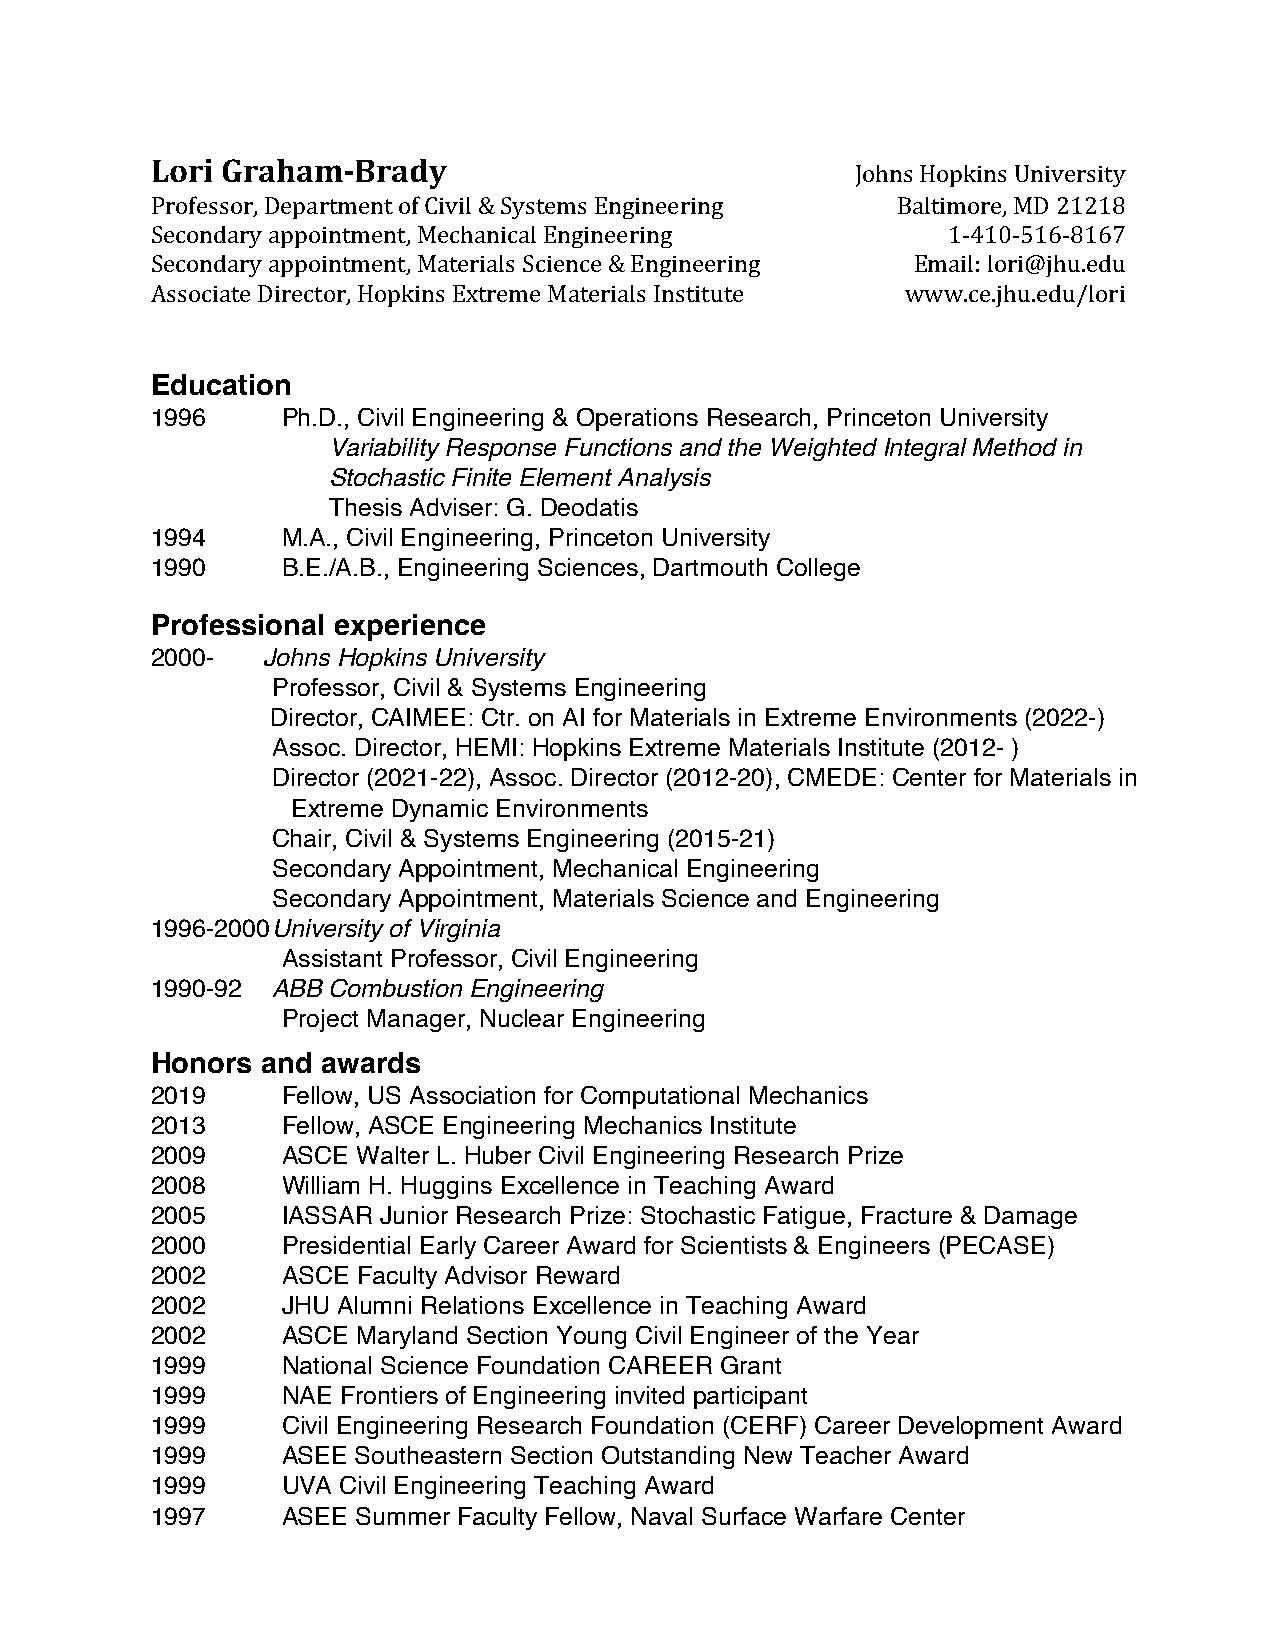
Lori Graham-Brady
 Johns Hopkins University
 Professor, Department of Civil & Systems Engineering Baltimore, MD 21218
 Secondary appointment, Mechanical Engineering        1-410-516-8167
 Secondary appointment, Materials Science & Engineering Email: lori@jhu.edu
 Associate Director, Hopkins Extreme Materials Institute www.ce.jhu.edu/lori
 Education
 1996     Ph.D., Civil Engineering & Operations Research, Princeton University
 Variability Response Functions and the Weighted Integral Method in
 Stochastic Finite Element Analysis
 Thesis Adviser: G. Deodatis
 1994     M.A., Civil Engineering, Princeton University
 1990     B.E./A.B., Engineering Sciences, Dartmouth College
 Professional experience
 2000-  Johns Hopkins University
 Professor, Civil & Systems Engineering
 Director, CAIMEE: Ctr. on AI for Materials in Extreme Environments (2022-)
 Assoc. Director, HEMI: Hopkins Extreme Materials Institute (2012- )
 Director (2021-22), Assoc. Director (2012-20), CMEDE: Center for Materials in
 Extreme Dynamic Environments
 Chair, Civil & Systems Engineering (2015-21)
 Secondary Appointment, Mechanical Engineering
 Secondary Appointment, Materials Science and Engineering
 1996-2000 University of Virginia
 Assistant Professor, Civil Engineering
 1990-92 ABB Combustion Engineering
 Project Manager, Nuclear Engineering
 Honors and awards
 2019     Fellow, US Association for Computational Mechanics
 2013     Fellow, ASCE Engineering Mechanics Institute
 2009     ASCE Walter L. Huber Civil Engineering Research Prize
 2008     William H. Huggins Excellence in Teaching Award
 2005     IASSAR Junior Research Prize: Stochastic Fatigue, Fracture & Damage
 2000     Presidential Early Career Award for Scientists & Engineers (PECASE)
 2002     ASCE Faculty Advisor Reward
 2002     JHU Alumni Relations Excellence in Teaching Award
 2002     ASCE Maryland Section Young Civil Engineer of the Year
 1999     National Science Foundation CAREER Grant
 1999     NAE Frontiers of Engineering invited participant
 1999     Civil Engineering Research Foundation (CERF) Career Development Award
 1999     ASEE Southeastern Section Outstanding New Teacher Award
 1999     UVA Civil Engineering Teaching Award
 1997     ASEE Summer Faculty Fellow, Naval Surface Warfare Center